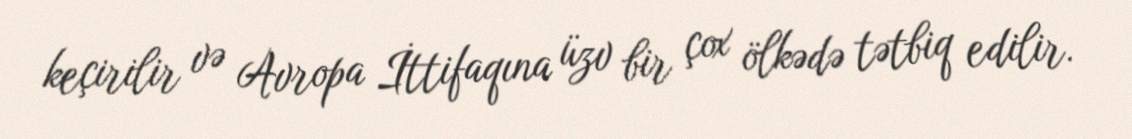
keçirilir və Avropa İttifaqına üzv bir çox ölkədə tətbiq edilir.